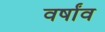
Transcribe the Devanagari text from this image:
वर्षांव